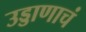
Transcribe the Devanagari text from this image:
उड्डाणाचं